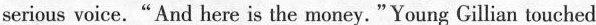
serious voice."And here is the money."Young Gillian touched